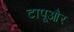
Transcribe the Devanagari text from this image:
टापूऔर